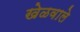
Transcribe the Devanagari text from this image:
खेळवाले